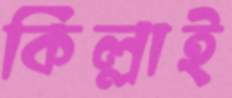
কিল্লাই